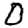
Digit: 0